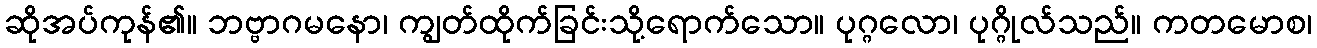
ဆိုအပ်ကုန်၏။ ဘဗ္ဗာဂမနော၊ ကျွတ်ထိုက်ခြင်းသို့ရောက်သော။ ပုဂ္ဂလော၊ ပုဂ္ဂိုလ်သည်။ ကတမောစ၊